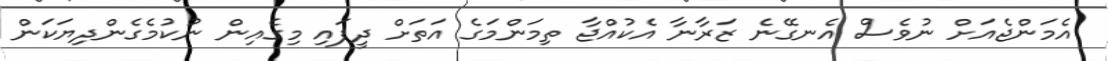
އެމަންޖެއަށް ނުވެސް އެނގޭނެ ޒަރާނާ އެކުއްޖާ ތިމަންމަގެ އަތަށް ދީފައި މިގެއިން ނުކުމެގެންދިޔަކަން